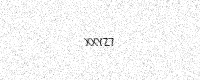
Text: XXYZ7